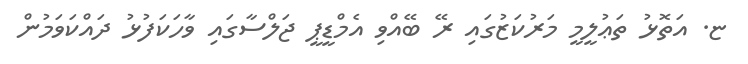
ޏ. އަތޮޅު ތަޢުލީމީ މަރުކަޒުގައި ރޭ ބޭއްވި އެމްޑީޕީ ޖަލްސާގައި ވާހަކަފުޅު ދައްކަވަމުން